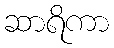
ဆာရိကာ